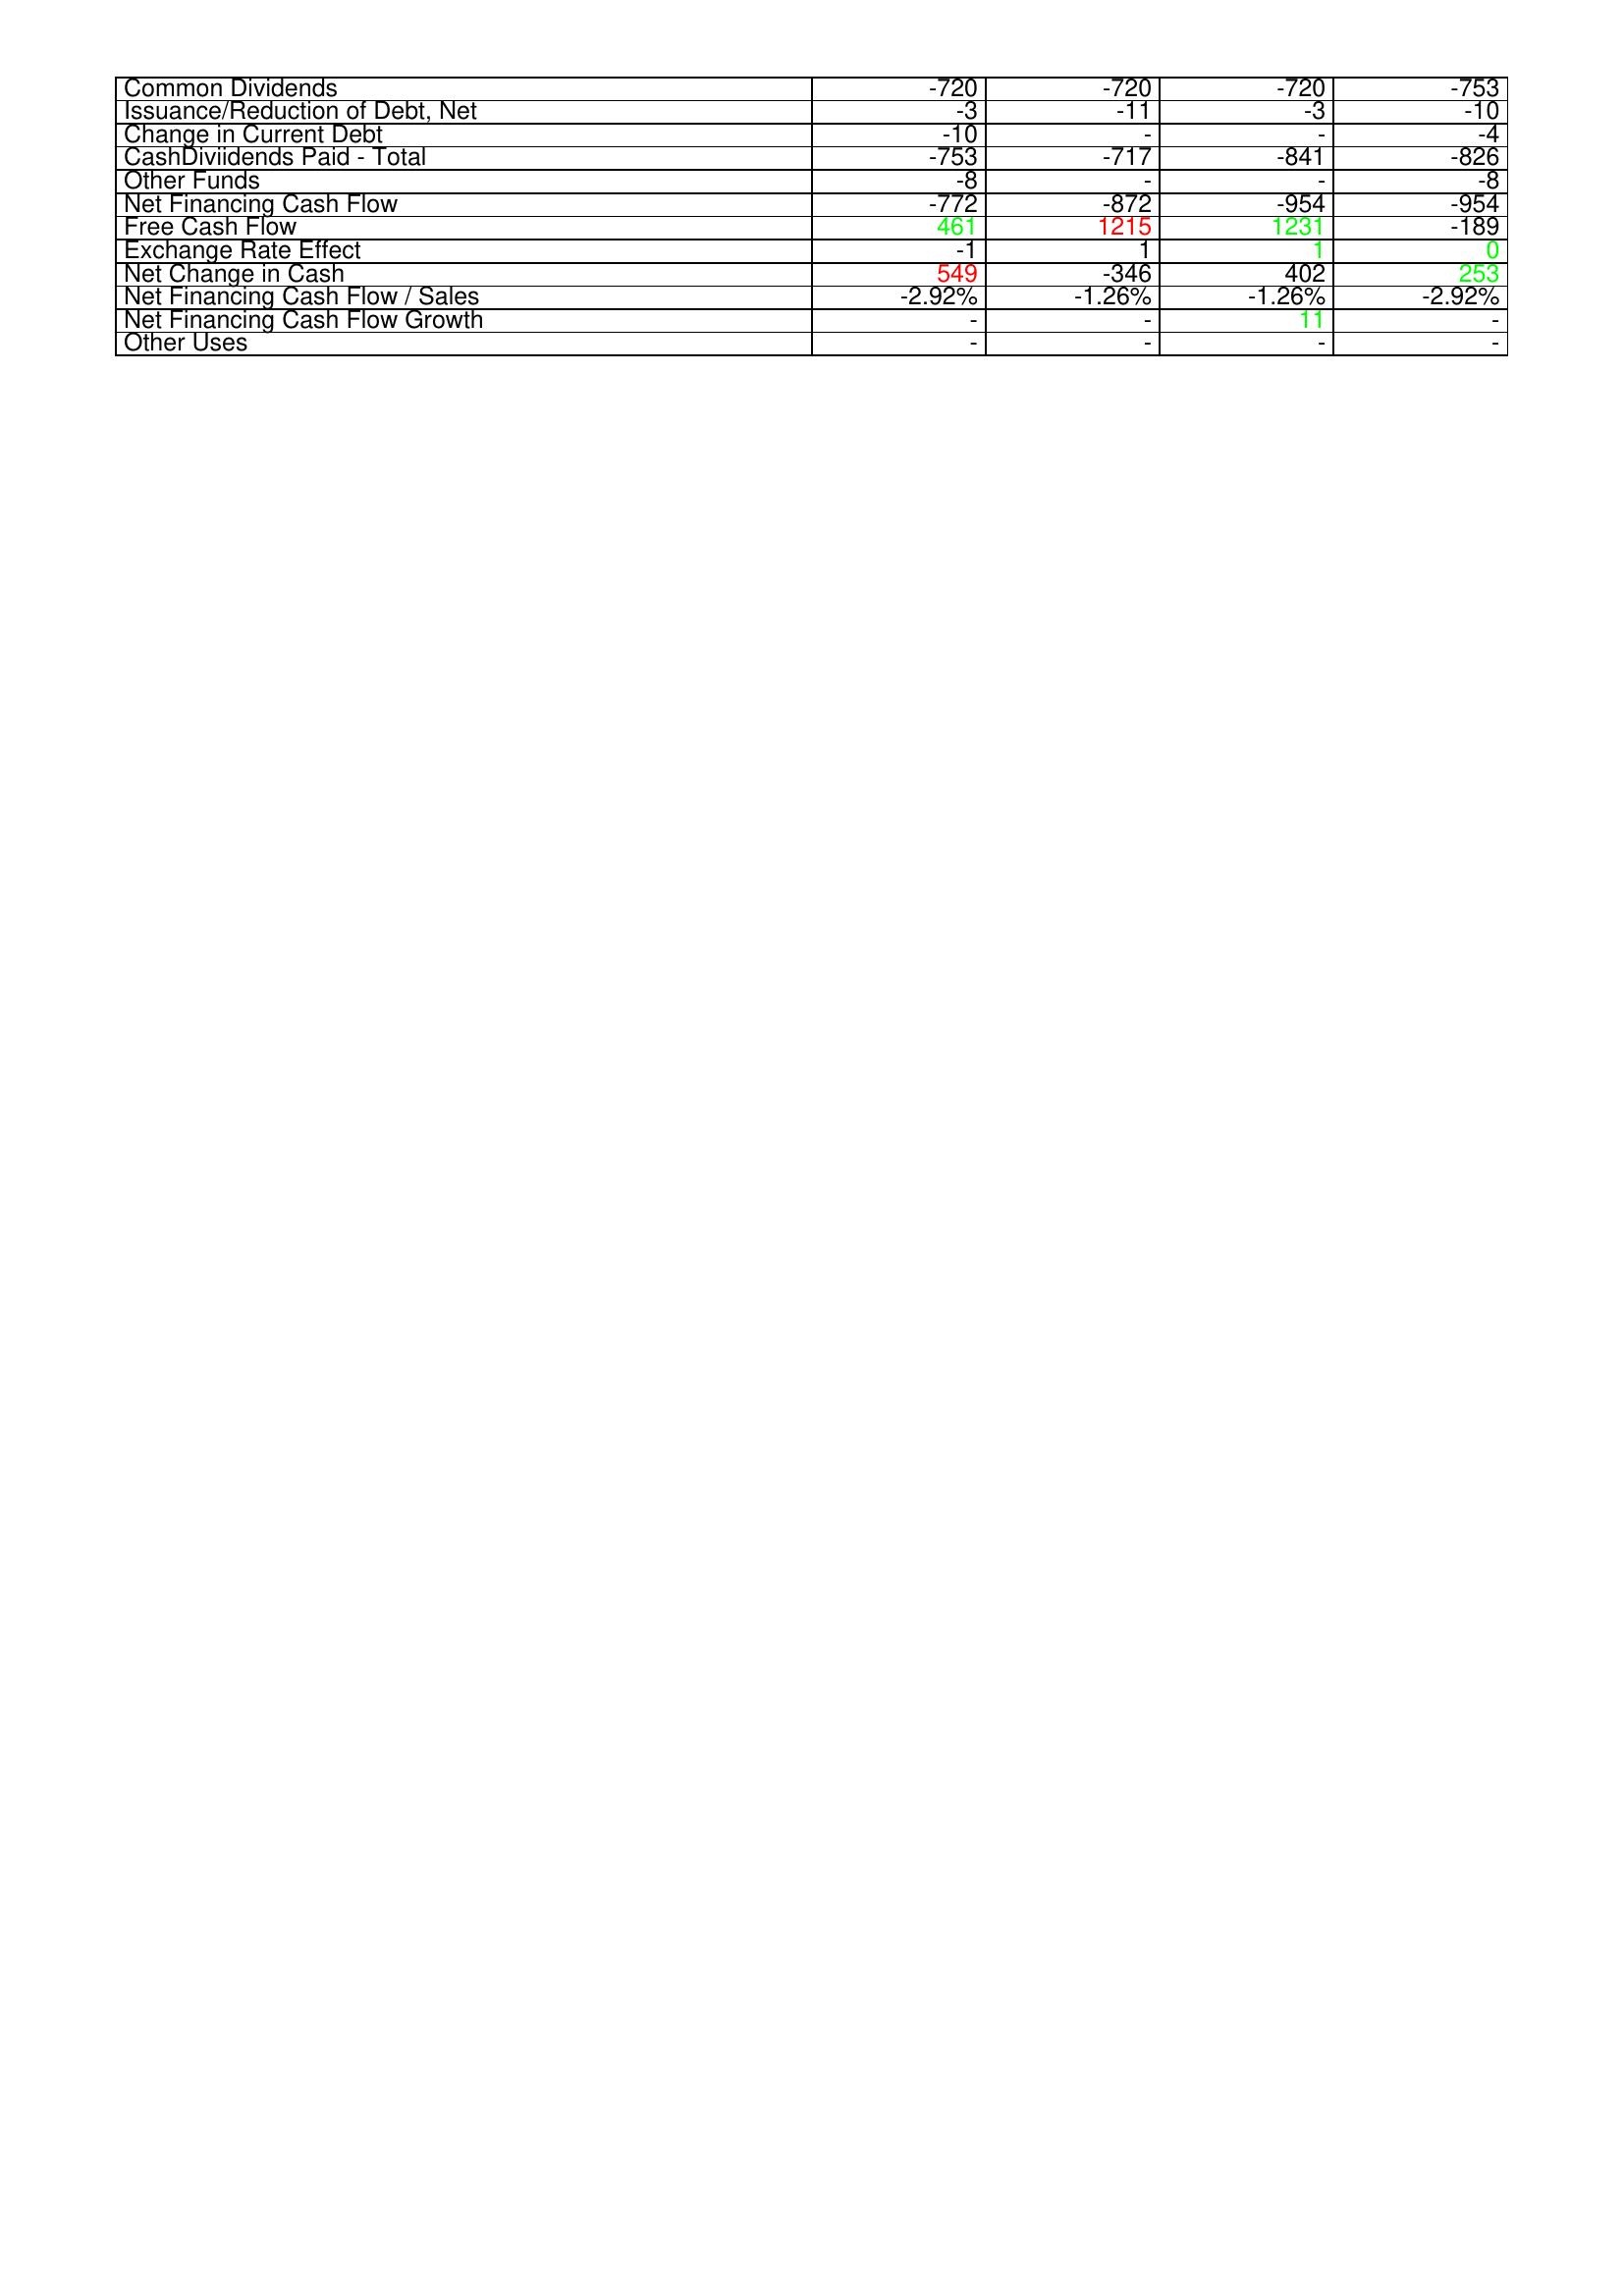
gt_parse: 2019: Financing Activities: Common Dividends: -720
Issuance/Reduction of Debt, Net: -3
Change in Current Debt: -10
CashDiviidends Paid - Total: -753
Other Funds: -8
Net Financing Cash Flow: -772
Free Cash Flow: 461
Exchange Rate Effect: -1
Net Change in Cash: 549
Net Financing Cash Flow / Sales: -2.92%
Net Financing Cash Flow Growth: -
Other Uses: -
2020: Financing Activities: Common Dividends: -720
Issuance/Reduction of Debt, Net: -11
Change in Current Debt: -
CashDiviidends Paid - Total: -717
Other Funds: -
Net Financing Cash Flow: -872
Free Cash Flow: 1215
Exchange Rate Effect: 1
Net Change in Cash: -346
Net Financing Cash Flow / Sales: -1.26%
Net Financing Cash Flow Growth: -
Other Uses: -
2021: Financing Activities: Common Dividends: -720
Issuance/Reduction of Debt, Net: -3
Change in Current Debt: -
CashDiviidends Paid - Total: -841
Other Funds: -
Net Financing Cash Flow: -954
Free Cash Flow: 1231
Exchange Rate Effect: 1
Net Change in Cash: 402
Net Financing Cash Flow / Sales: -1.26%
Net Financing Cash Flow Growth: 11
Other Uses: -
2022: Financing Activities: Common Dividends: -753
Issuance/Reduction of Debt, Net: -10
Change in Current Debt: -4
CashDiviidends Paid - Total: -826
Other Funds: -8
Net Financing Cash Flow: -954
Free Cash Flow: -189
Exchange Rate Effect: 0
Net Change in Cash: 253
Net Financing Cash Flow / Sales: -2.92%
Net Financing Cash Flow Growth: -
Other Uses: -